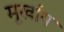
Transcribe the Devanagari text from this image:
मूर्खाय